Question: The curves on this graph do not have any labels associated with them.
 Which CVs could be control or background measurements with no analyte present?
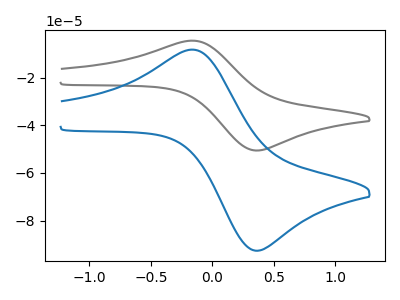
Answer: <think>The gray curve "gray" has an anodic peak at (-0.15V, -4.55uA) and a cathodic peak at (0.35V, -50.60uA). The blue curve "blue" has an anodic peak at (-0.15V, -8.30uA) and a cathodic peak at (0.35V, -92.60uA).</think>
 <answer>There are not any CV's on this graph that are likely to be blanks.</answer>
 <eval>none</eval>